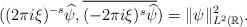
LaTeX: \begin{align*} ((2\pi i\xi)^{-s}\widehat{\psi}, \overline{(-2\pi i \xi)^{s}\widehat{\psi}})=\|\psi\|^2_{L^2(\mathbb{R})}. \end{align*}